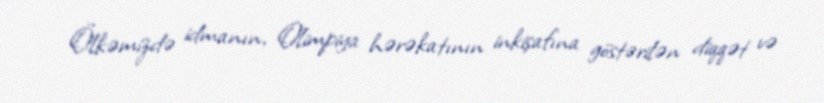
Ölkəmizdə idmanın, Olimpiya hərəkatının inkişafına göstərilən diqqət və